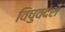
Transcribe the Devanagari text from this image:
विषुवदंश